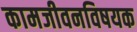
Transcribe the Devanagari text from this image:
कामजीवनविषयक